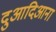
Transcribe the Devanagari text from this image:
दुआदिआना